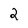
Character: 2